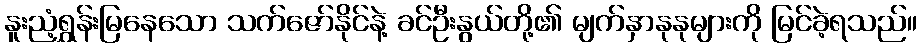
နူးညံ့ရွှန်းမြနေသော သက်ဇော်နိုင်နဲ့ ခင်ဦးနွယ်တို့၏ မျက်နှာနုနုများကို မြင်ခဲ့ရသည်။